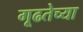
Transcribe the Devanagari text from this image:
गूढतेच्या